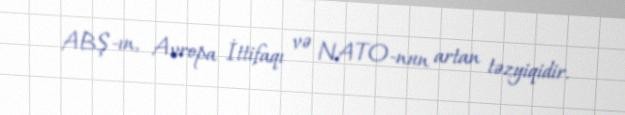
ABŞ-ın, Avropa İttifaqı və NATO-nun artan təzyiqidir.